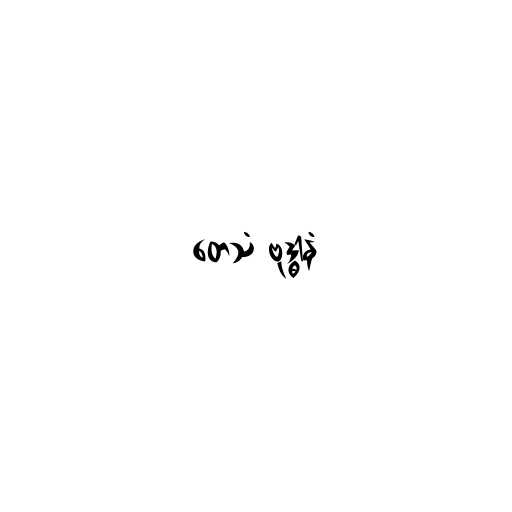
တေသံ ဗုဒ္ဓါနံ